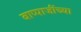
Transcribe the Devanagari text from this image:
बाप्पाजींच्या